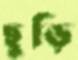
ছুড়ি